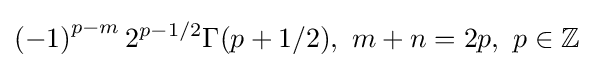
\left(-1\right)^{p-m}2^{p-1/2}\Gamma (p+1/2),\ m+n=2p,\ p\in \mathbb {Z}